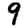
Digit: 9